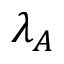
\lambda _ { A }